Veterinary regulations India, 1935 -
Year: 1935
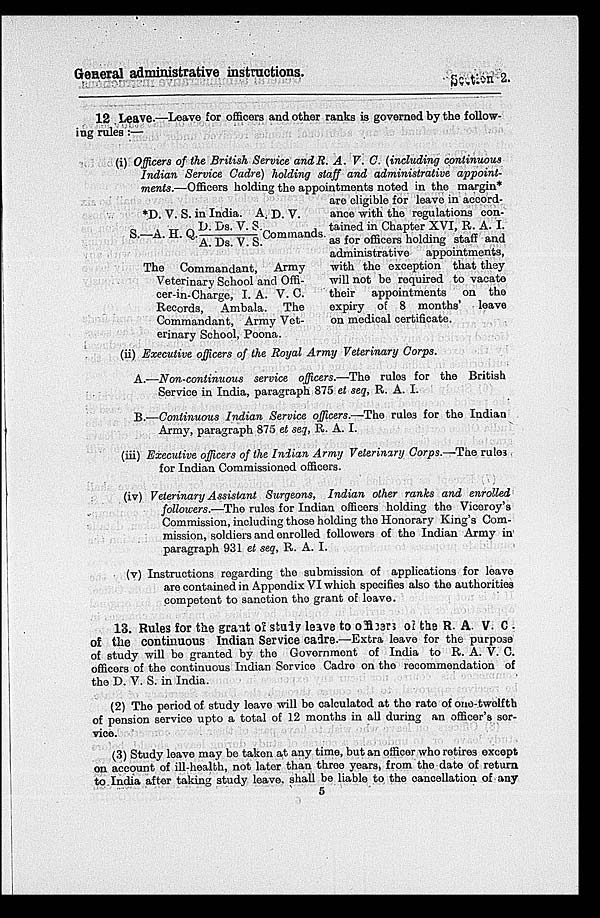
General administrative instructions.
Section
2.
12 Leave.—Leave for officers and other ranks is governed by the follow-
ing rules :—
(i) Officers of the British Service and R. A. V. C. (including continuous
Indian Service Cadre) holding staff and administrative
appoint-
ments.—Officers holding the appointments noted in the margin*
are eligible for leave in accord-
ance with the regulations con-
tained in Chapter XVI, R. A. I.
as for officers holding staff and
administrative
appointments,
with the exception that they
will not be required to vacate
their appointments on the
expiry of 8 months'
leave
on medical certificate.
*D. V. S. in India. A. D. V.
S.—A. H. Q.D. Ds. V. S. /A. Ds. V. S Commands.
The Commandant,
Army
Veterinary School and Offi-
cer-in-Charge, I. A. V. C.
Records, Ambala.
The
Commandant, Army Vet-
erinary School, Poona.
(ii) Executive officers of the Royal Army Veterinary Corps.
A.—Non-continuous service officers.—The rules for the British
Service in India, paragraph 875 et seq, R. A. I.
B.—Continuous Indian Service officers.—The rules for the Indian
Army, paragraph 875 et seq, R. A. I.
(iii) Executive officers of the Indian Army Veterinary Corps.—The rules
for Indian Commissioned officers.
(iv) Veterinary Assistant Surgeons, Indian other ranks and enrolled
followers.—The rules for Indian officers holding the Viceroy's
Commission, including these holding the Honorary King's Com-
mission, soldiers and enrolled followers of the Indian Army in
paragraph 931 et seq, R. A. I.
(v) Instructions regarding the submission of applications for leave
are contained in Appendix VI which specifies also the authorities
competent to sanction the grant of leave.
13. Rules for the grant or study leave to officers of the R. A. V. C.
of the continuous Indian Service cadre.—Extra leave for the purpose
of study will be granted by the Government of India to R. A. V. C.
officers of the continuous Indian Service Cadre on the recommendation of
the D. V. S. in India.
(2) The period of study leave will be calculated at the rate of one-twelfth
of pension service upto a total of 12 months in all during an officer's ser-
vice.
(3) Study leave may be taken at any time, but an officer who retires except
on account of ill-health, not later than three years, from the date of return
to India after taking study leave. shall be liable to the cancellation of any
5